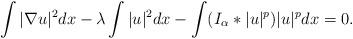
LaTeX: \begin{align*}\int|\nabla u|^2dx-\lambda\int|u|^2dx-\int(I_\alpha\ast |u|^{p})|u|^pdx=0.\end{align*}